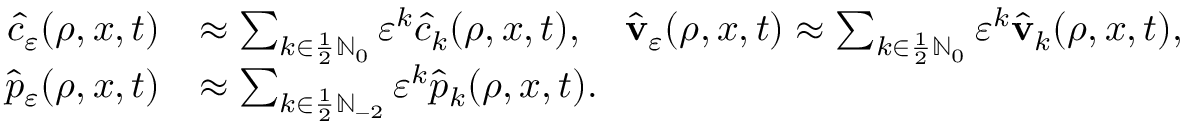
\begin{array} { r l } { \hat { c } _ { \ensuremath { \varepsilon } } ( \rho , x , t ) } & { \approx \sum _ { k \in \frac 1 2 \ensuremath { \mathbb { N } } _ { 0 } } \ensuremath { \varepsilon } ^ { k } \hat { c } _ { k } ( \rho , x , t ) , \quad \hat { \mathbf { v } } _ { \ensuremath { \varepsilon } } ( \rho , x , t ) \approx \sum _ { k \in \frac 1 2 \ensuremath { \mathbb { N } } _ { 0 } } \ensuremath { \varepsilon } ^ { k } \hat { \mathbf { v } } _ { k } ( \rho , x , t ) , \quad } \\ { \hat { p } _ { \ensuremath { \varepsilon } } ( \rho , x , t ) } & { \approx \sum _ { k \in \frac 1 2 \ensuremath { \mathbb { N } } _ { - 2 } } \ensuremath { \varepsilon } ^ { k } \hat { p } _ { k } ( \rho , x , t ) . } \end{array}